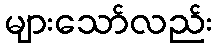
များသော်လည်း